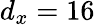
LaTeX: d_{x}=16